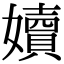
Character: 嬻